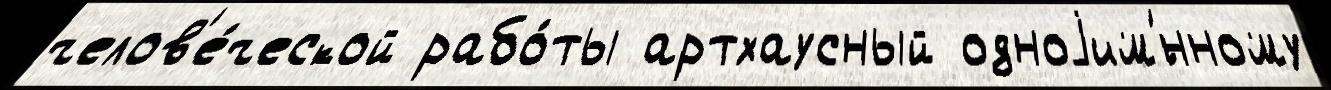
челов'е́ческой рабо́ты артхаусный одноjим'́нному